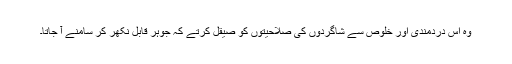
وہ اس دردمندی اور خلوص سے شاگردوں کی صلاحیتوں کو صیقل کرتے کہ جوہر قابل نکھر کر سامنے آ جاتا۔